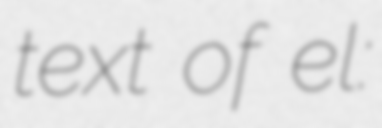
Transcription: text of el:Βασίλης